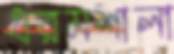
ধরমশালা